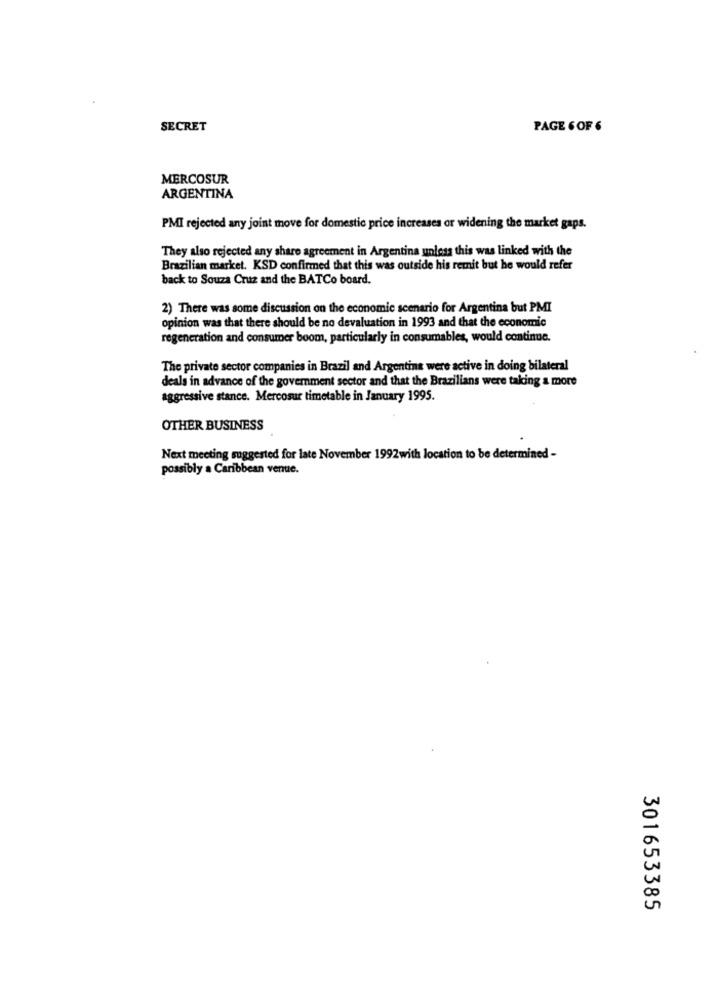
SECRET
PAGE 6 OF 6
MERCOSUR
ARGENTINA
PMI rejected any joint move for domestic price increases or widening the market gaps.
They also rejected any share agreement in Argentina unless this was linked with the
Brazilian market. KSD confirmed that this was outside his remit but he would refer
back to Souza Cruz and the BATCo board.
2) There was some discussion on the economic scenario for Argentina but PMI
opinion was that there should be no devaluation in 1993 and that the economic
regeneration and consumer boom, particularly in consumables, would continue.
The private sector companies in Brazil and Argentina were active in doing bilateral
deals in advance of the goverment sector and that the Brazilians were taking a more
aggressive stance. Mercosur timetable in January 1995.
OTHER BUSINESS
Next meeting suggested for late November 1992with location to be determined -
possibly a Caribbean venue.
301653385